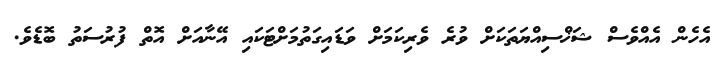
އެހެން އެއްވެސް ޝަޚްސިއްޔަތަކަށް ވުރެ ވެރިކަމަށް ވަޑައިގަތުމަށްޓަކައި އޭނާއަށް އޮތް ފުރުސަތު ބޮޑެވެ.